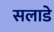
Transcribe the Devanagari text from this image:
सलाडे